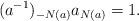
LaTeX: \begin{align*}(a^{-1})_{-N(a)} a_{N(a)} = 1. \end{align*}